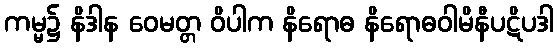
ကမ္မ၌ နိဒါန ဝေမတ္တ ဝိပါက နိရောဓ နိရောဓဝါမိနီပဋိပဒါ